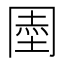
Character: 𭁱